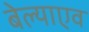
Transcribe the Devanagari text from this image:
बेल्याएव